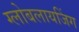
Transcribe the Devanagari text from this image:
ग्लोबलायजिंग